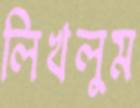
লিখলুম